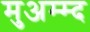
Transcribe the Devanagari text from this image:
मुअम्म्द